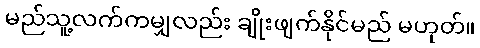
မည်သူ့လက်ကမျှလည်း ချိုးဖျက်နိုင်မည် မဟုတ်။